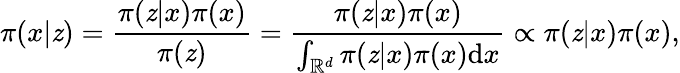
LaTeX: \pi(x|\mathit{z})=\frac{{\pi(\mathit{z}|x)\pi(x)}}{{\pi(\mathit{z})}}=\frac{{\pi(\mathit{z}|x)\pi(x)}}{{\int_{\mathbb{{R}}^{d}}\pi(\mathit{z}|x)\pi(x)\mathrm{{d}}x}}\propto\pi(\mathit{z}|x)\pi(x),